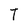
Character: T